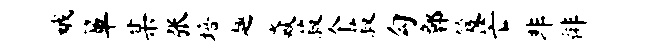
娥箪某张培趣焱菽个菽勾鄣笈芒非徘